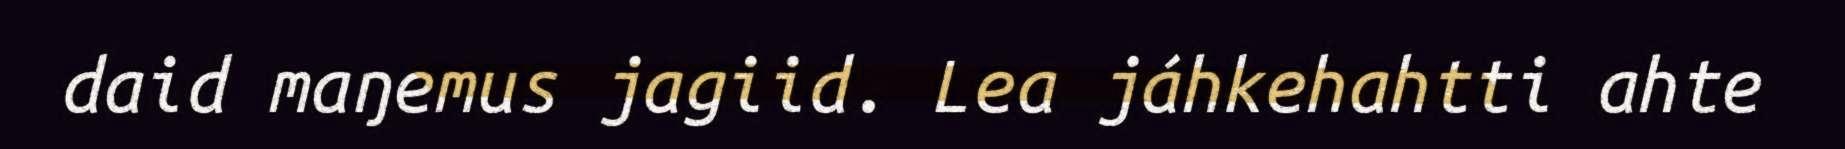
daid maŋemus jagiid. Lea jáhkehahtti ahte